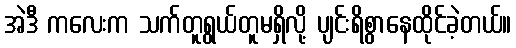
အဲဒီ ကလေးက သက်တူရွယ်တူမရှိလို့ ပျင်းရိစွာနေထိုင်ခဲ့တယ်။